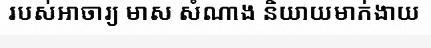
របស់អាចារ្យ មាស សំណាង និយាយមាក់ងាយ